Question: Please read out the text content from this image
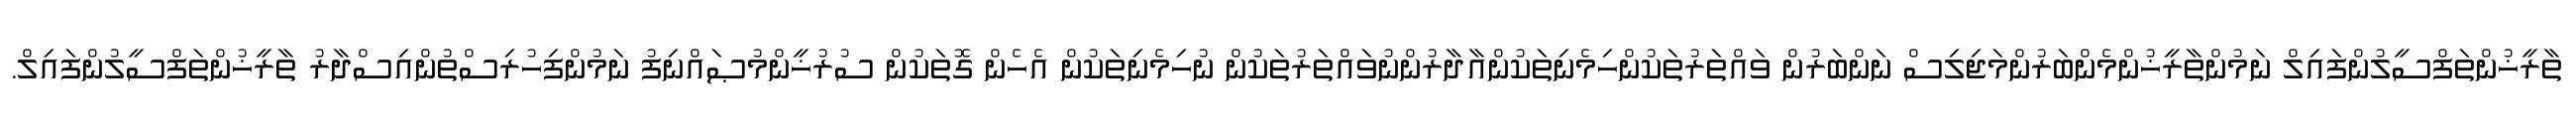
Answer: ތާރީޚުންތަފްސީލުންފައިލް ނަމުންތާރީޚުންމެންބަރުންމަޖިލިސް ނަންބަރުން ވައްތަރުތަކުންހިމެނިތަކުންއާދާރުންނުވައްތަރުތަކުން ނުހިމެނިތަކުން އެހެން ގޮތަކުން ސުރުޚީންމުޞައްނިފު ނަމުންފިހުރިސްތުންއިސްދާރު ތާރީޚުންތަފްސީލުންފައިލް.